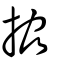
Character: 拹